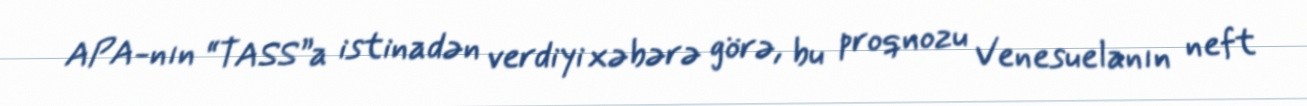
APA-nın “TASS”a istinadən verdiyi xəbərə görə, bu proqnozu Venesuelanın neft